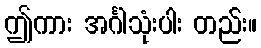
ဤကား အင်္ဂါသုံးပါး တည်း။